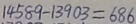
1 4 5 8 9 - 1 3 9 0 3 = 6 8 6